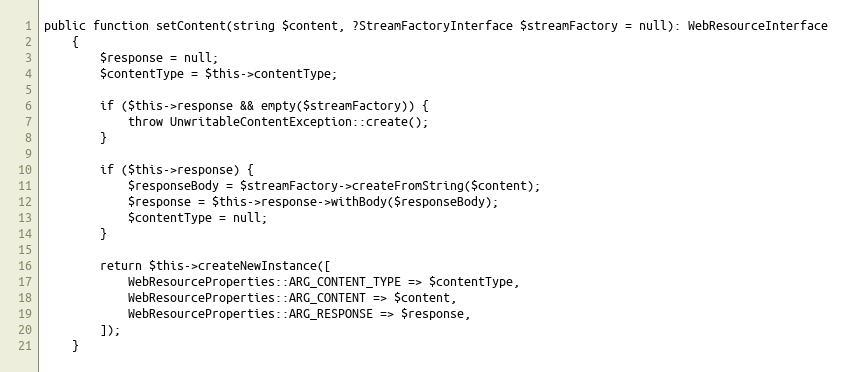
Language: PHP
public function setContent(string $content, ?StreamFactoryInterface $streamFactory = null): WebResourceInterface
    {
        $response = null;
        $contentType = $this->contentType;

        if ($this->response && empty($streamFactory)) {
            throw UnwritableContentException::create();
        }

        if ($this->response) {
            $responseBody = $streamFactory->createFromString($content);
            $response = $this->response->withBody($responseBody);
            $contentType = null;
        }

        return $this->createNewInstance([
            WebResourceProperties::ARG_CONTENT_TYPE => $contentType,
            WebResourceProperties::ARG_CONTENT => $content,
            WebResourceProperties::ARG_RESPONSE => $response,
        ]);
    }